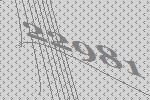
22981